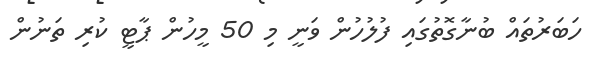
ހަބަރުތައް ބުނާގޮތުގައި ފުލުހުން ވަނީ މި 50 މީހުން ޕާޓީ ކުރި ތަނުން